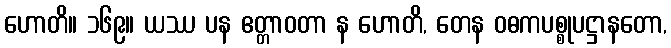
ဟောတိ။ ၁၆၉။ ယဿ ပန ဧတ္တာဝတာ န ဟောတိ, တေန ဝဓကပစ္စုပဋ္ဌာနတော,